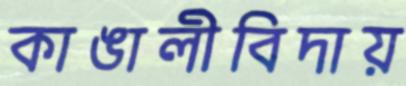
কাঙালীবিদায়